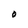
Character: O